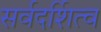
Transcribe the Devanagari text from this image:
सर्वदर्शित्व